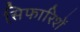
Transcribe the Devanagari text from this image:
स़िफारिशें